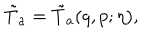
\tilde { T } _ { a } = \tilde { T } _ { a } ( q , p ; \eta ) ,